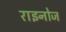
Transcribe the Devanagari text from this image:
राइनोज